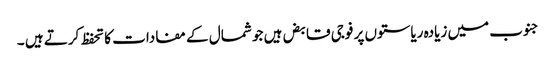
جنوب میں زیادہ ریاستوں پر فوجی قابض ہیں جو شمال کے مفادات کا تحفظ کرتے ہیں ۔